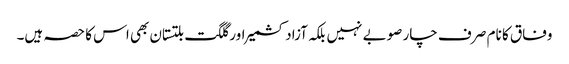
وفاق کا نام صر ف چار صوبے نہیں بلکہ آزادکشمیر اور گلگت بلتستان بھی اس کا حصہ ہیں۔